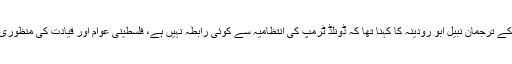
رپورٹ کے مطابق فلسطین کے صدر محمود عباس کے ترجمان نبیل ابو رودینہ کا کہنا تھا کہ ڈونلڈ ٹرمپ کی انتظامیہ سے کوئی رابطہ نہیں ہے، فلسطینی عوام اور قیادت کی منظوری کے بغیر کسی امن معاہدے کو نافذ نہیں کیا جاسکتا۔